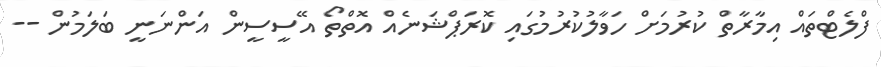
ފްލެޓްތައް އިމާރާތް ކުރުމަށް ހަވާލުކުރުމުގައި ކޮރަޕްޝަނެއް އޮތްތޯ އޭސީސީން އަންނަނީ ބަލަމުން --